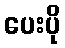
ပေးပို